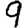
Digit: 9